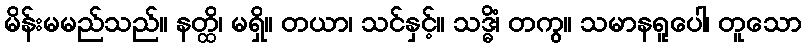
မိန်းမမည်သည်။ နတ္ထိ၊ မရှိ။ တယာ၊ သင်နှင့်။ သဒ္ဓိံ၊ တကွ။ သမာနရူပေါ၊ တူသော